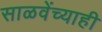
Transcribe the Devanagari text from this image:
साळवेंच्याही